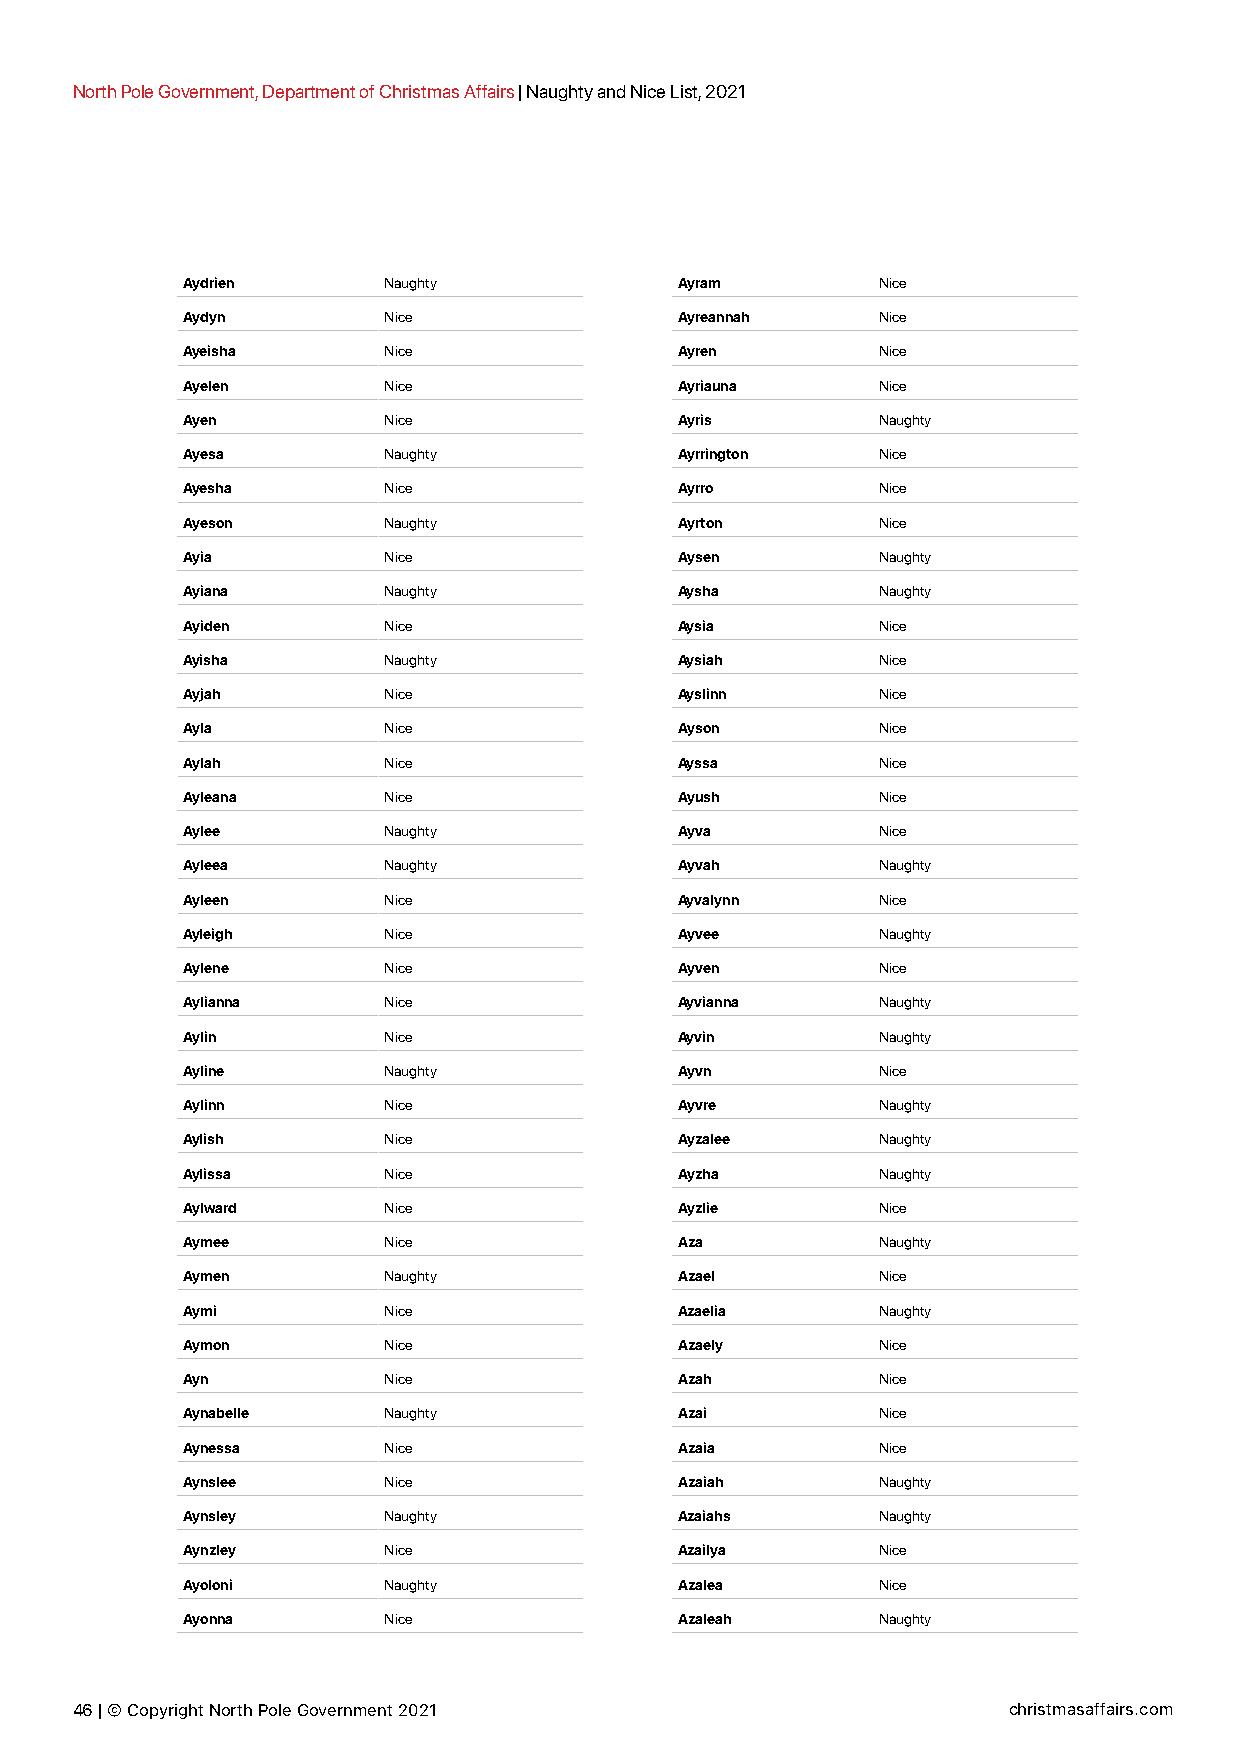
North Pole Government, Department of Christmas Affairs | Naughty and Nice List, 2021
 Aydrien      Naughty             Ayram        Nice
 Aydyn        Nice                Ayreannah    Nice
 Ayeisha      Nice                Ayren        Nice
 Ayelen       Nice                Ayriauna     Nice
 Ayen         Nice                Ayris        Naughty
 Ayesa        Naughty             Ayrrington   Nice
 Ayesha       Nice                Ayrro        Nice
 Ayeson       Naughty             Ayrton       Nice
 Ayia         Nice                Aysen        Naughty
 Ayiana       Naughty             Aysha        Naughty
 Ayiden       Nice                Aysia        Nice
 Ayisha       Naughty             Aysiah       Nice
 Ayjah        Nice                Ayslinn      Nice
 Ayla         Nice                Ayson        Nice
 Aylah        Nice                Ayssa        Nice
 Ayleana      Nice                Ayush        Nice
 Aylee        Naughty             Ayva         Nice
 Ayleea       Naughty             Ayvah        Naughty
 Ayleen       Nice                Ayvalynn     Nice
 Ayleigh      Nice                Ayvee        Naughty
 Aylene       Nice                Ayven        Nice
 Aylianna     Nice                Ayvianna     Naughty
 Aylin        Nice                Ayvin        Naughty
 Ayline       Naughty             Ayvn         Nice
 Aylinn       Nice                Ayvre        Naughty
 Aylish       Nice                Ayzalee      Naughty
 Aylissa      Nice                Ayzha        Naughty
 Aylward      Nice                Ayzlie       Nice
 Aymee        Nice                Aza          Naughty
 Aymen        Naughty             Azael        Nice
 Aymi         Nice                Azaelia      Naughty
 Aymon        Nice                Azaely       Nice
 Ayn          Nice                Azah         Nice
 Aynabelle    Naughty             Azai         Nice
 Aynessa      Nice                Azaia        Nice
 Aynslee      Nice                Azaiah       Naughty
 Aynsley      Naughty             Azaiahs      Naughty
 Aynzley      Nice                Azailya      Nice
 Ayoloni      Naughty             Azalea       Nice
 Ayonna       Nice                Azaleah      Naughty
 46 | © Copyright North Pole Government 2021                   christmasaffairs.com